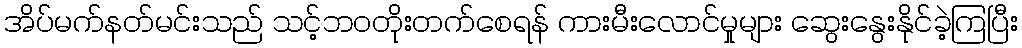
အိပ်မက်နတ်မင်းသည် သင့်ဘဝတိုးတက်စေရန် ကားမီးလောင်မှုများ ဆွေးနွေးနိုင်ခဲ့ကြပြီး